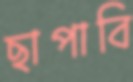
ছাপাবি